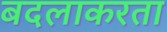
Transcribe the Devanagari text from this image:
बदलाकरता